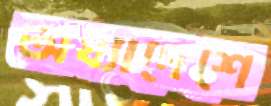
অধ্যাদেশে